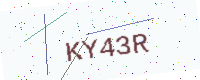
Text: KY43R